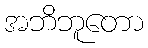
အဘိဘူတော